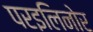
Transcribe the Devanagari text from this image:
परइलिनोर